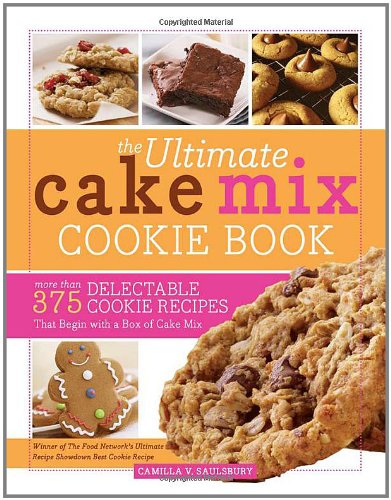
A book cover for The Ultimate Cake Mix Cookie Book: More Than 375 Delectable Cookie Recipes That Begin with a Box of Cake Mix; Camilla Saulsbury; Cookbooks, Food & Wine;